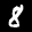
Label: 8